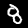
Label: 8